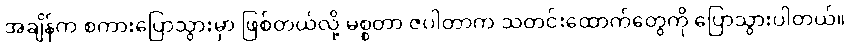
အချိန်က စကားပြောသွားမှာ ဖြစ်တယ်လို့ မစ္စတာ ဇပါတာက သတင်းထောက်တွေကို ပြောသွားပါတယ်။